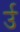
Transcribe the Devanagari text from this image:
र्उ